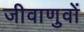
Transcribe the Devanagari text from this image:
जीवाणुवों